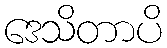
ဒေသိတာပိ